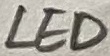
Text: LED